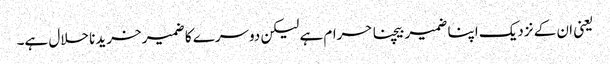
یعنی ان کے نزدیک اپنا ضمیر بیچنا حرام ہے لیکن دوسرے کا ضمیر خریدنا حلال ہے۔